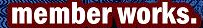
member works.